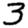
Digit: 3